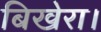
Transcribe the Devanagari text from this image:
बिखेरा।